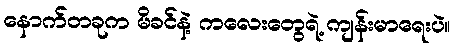
နောက်တခုက မိခင်နဲ့ ကလေးတွေရဲ့ ကျန်းမာရေးပဲ။